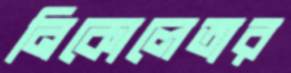
নিকোলেতার